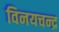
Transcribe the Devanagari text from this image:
विनयचन्द्र